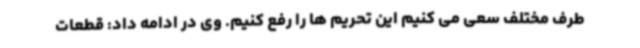
طرف مختلف سعی می کنیم این تحریم ها را رفع کنیم. وی در ادامه داد: قطعات